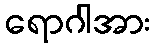
ရောဂါအား